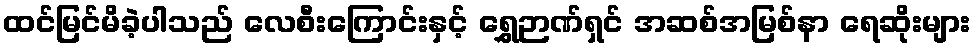
ထင်မြင်မိခဲ့ပါသည် လေစီးကြောင်းနှင့် ရွှေဉာဏ်ရှင် အဆစ်အမြစ်နာ ရေဆိုးများ